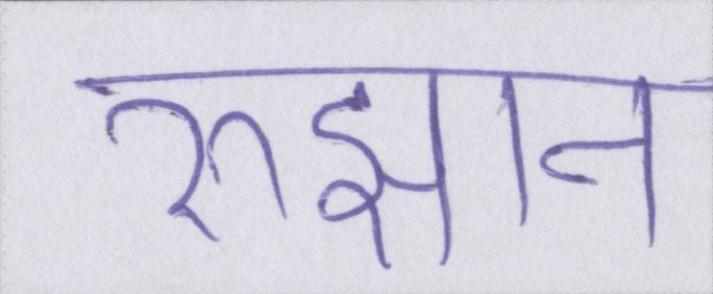
रुझान